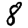
Digit: 8